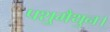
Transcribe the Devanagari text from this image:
पशुमैथुन।